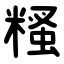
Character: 糔